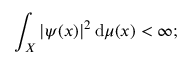
\int _ { X } | \psi ( x ) | ^ { 2 } \, \mathrm { d } \mu ( x ) < \infty ;